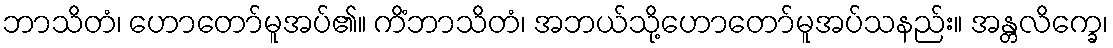
ဘာသိတံ၊ ဟောတော်မူအပ်၏။ ကိံဘာသိတံ၊ အဘယ်သို့ဟောတော်မူအပ်သနည်း။ အန္တလိက္ခေ၊